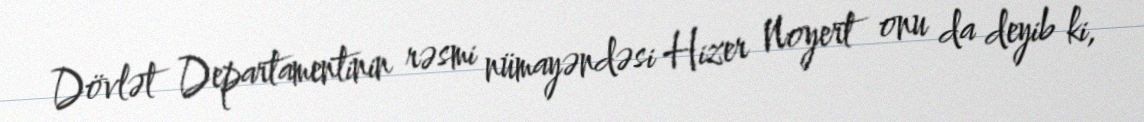
Dövlət Departamentinin rəsmi nümayəndəsi Hizer Noyert onu da deyib ki,